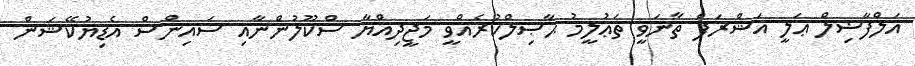
އަލްފާޟިލް ޢަލީ އަޝްރަފް ޡާނަވީ ތަޢުލީމު ޙާޞިލްކުރެއްވީ މަޖީދިއްޔާ ސްކޫލުންނާއި ސައިންސް އެޑިޔުކޭޝަން